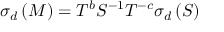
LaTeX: \sigma _ { d } \left( M \right) = T ^ { b } S ^ { - 1 } T ^ { - c } \sigma _ { d } \left( S \right)